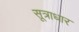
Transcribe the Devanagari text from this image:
सूत्राधार